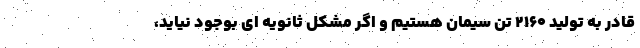
قادر به تولید ۲۱۶۰ تُن سیمان هستیم و اگر مشکل ثانویه ای بوجود نیاید،